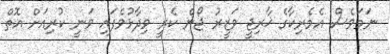
ނަމަވެސް އެމެރިކާގެ ޚާރިޖީ ވަޒީރު ޖޯން ކެރީ ވިދާޅުވެފައި ވަނީ ކުރިއަށް އޮތް